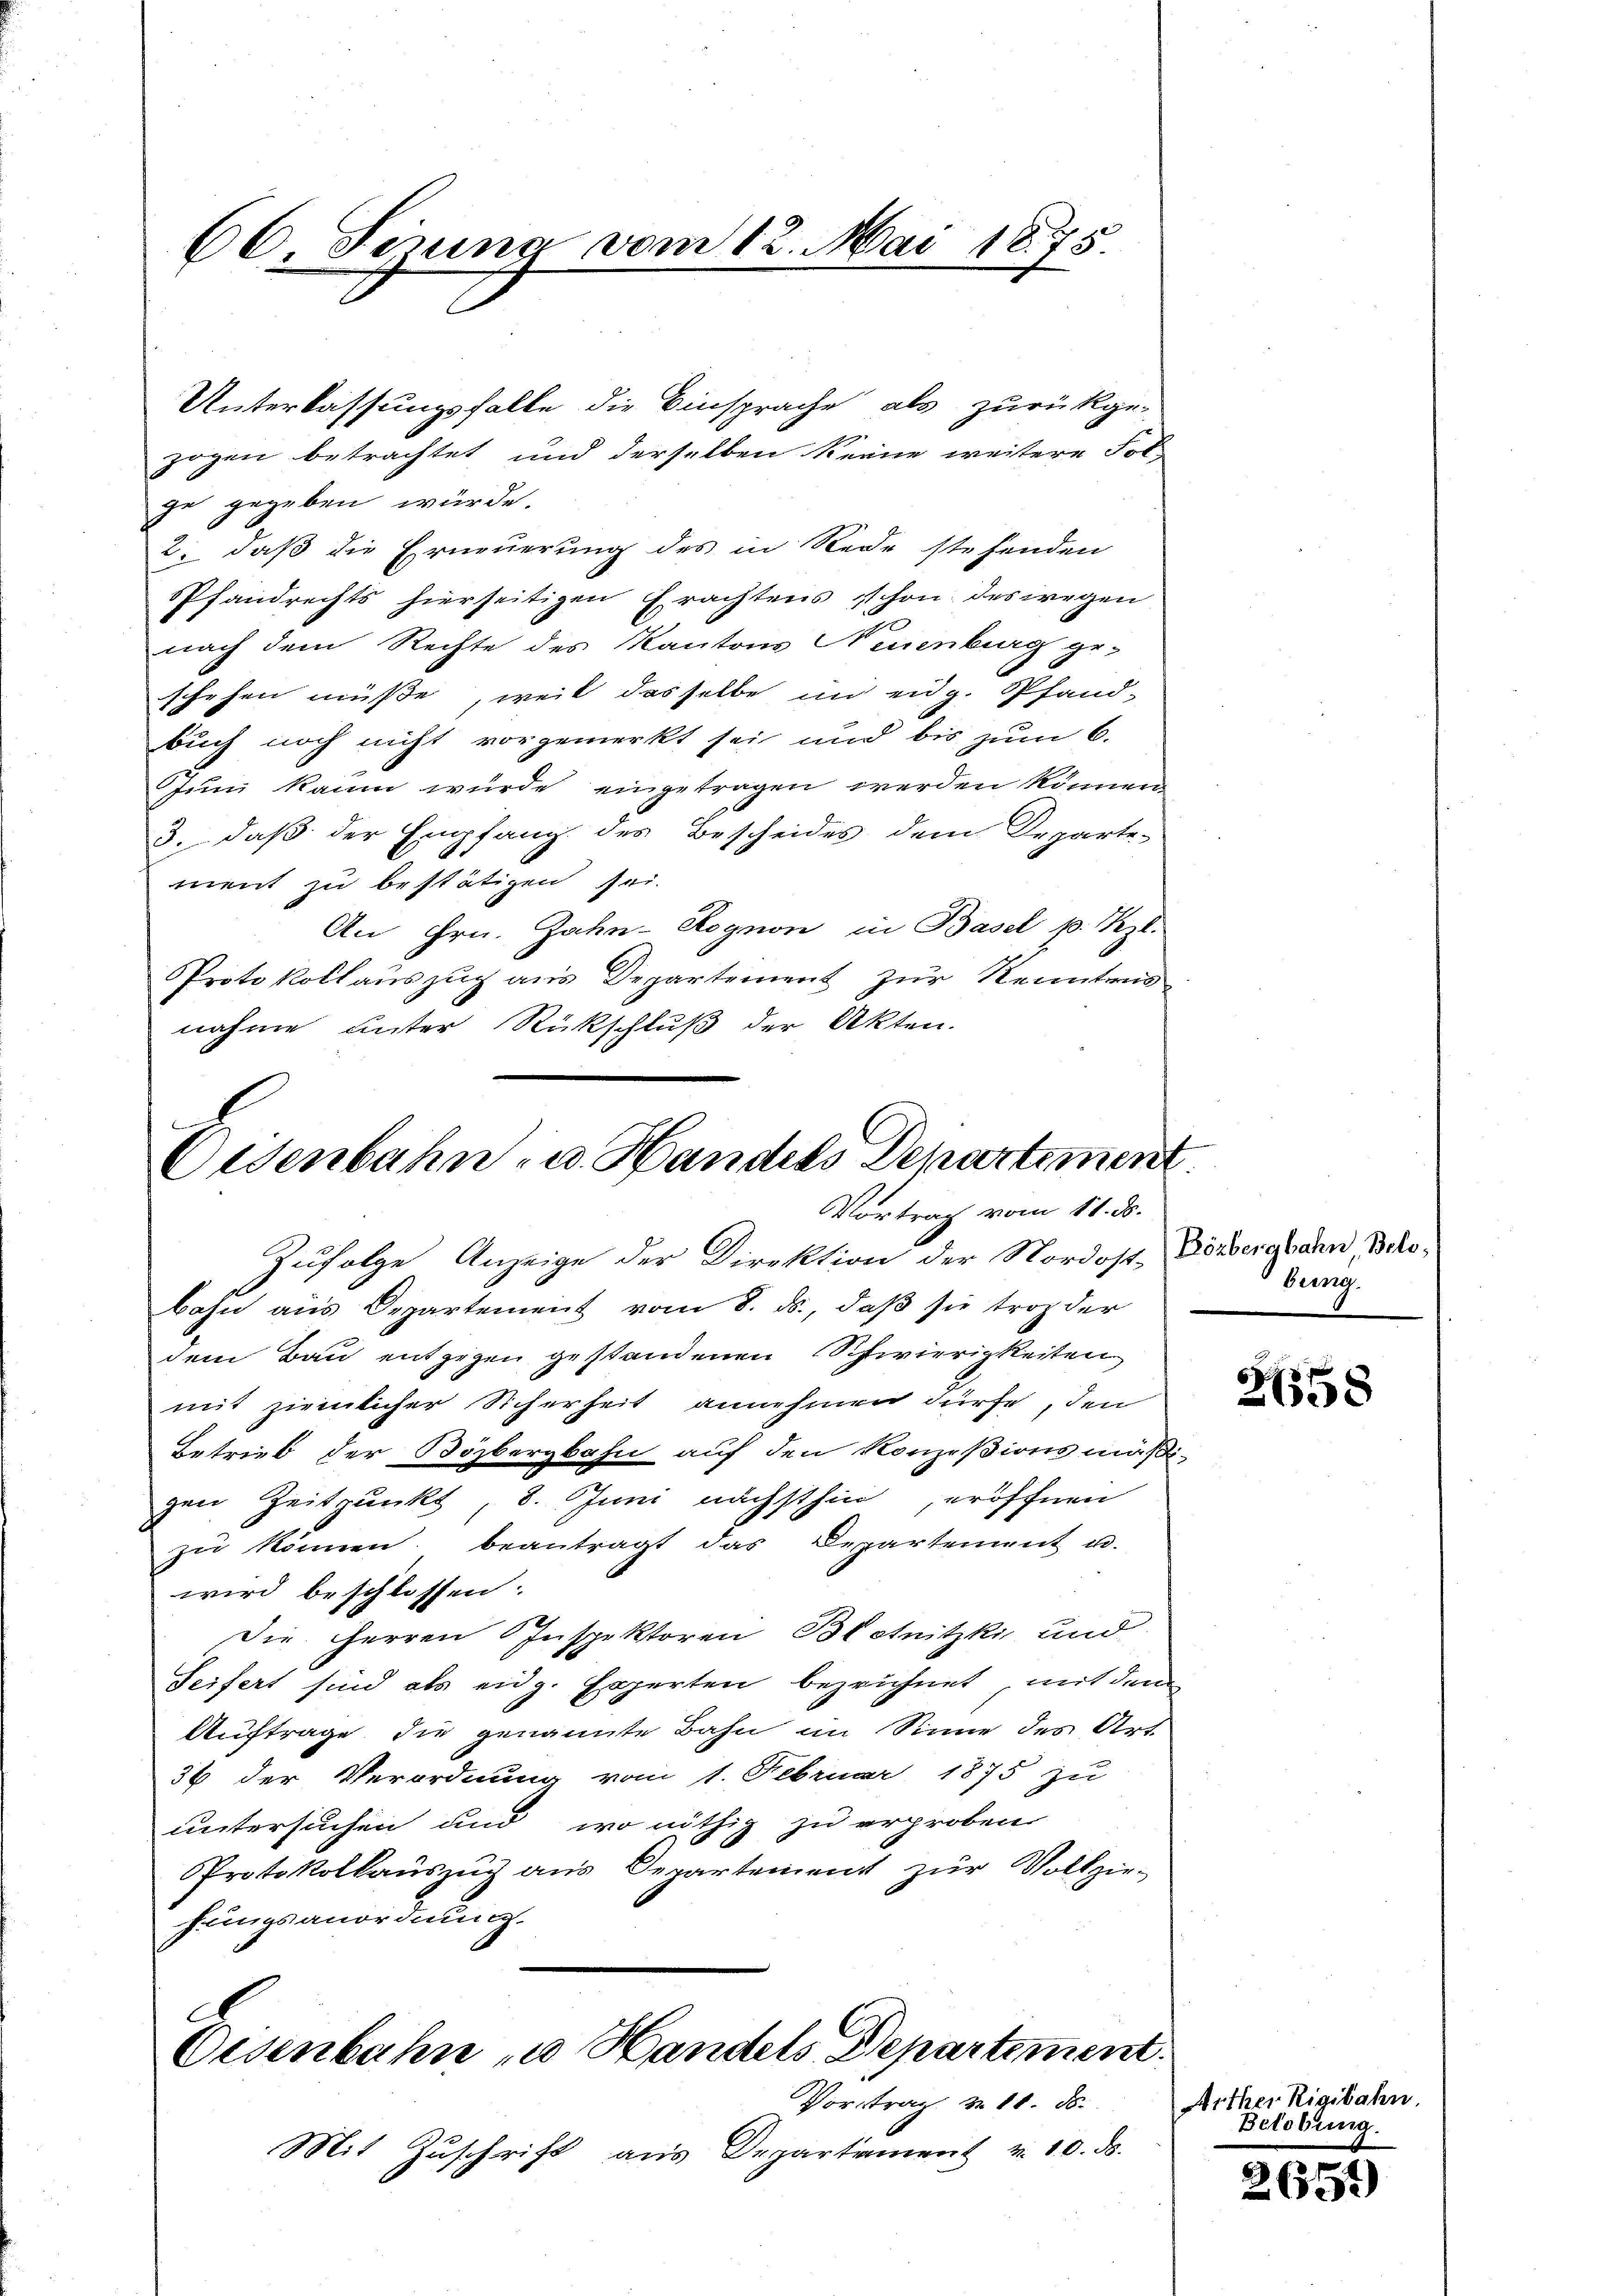
66 Sening vom 12. Mai 1875.

Unterlassungsfalle die Einsprache als zurückge-
zogen betrachtet und derselben keine weitere Folge gegeben würde.
2. daß die Erneuerung des in Rede stehenden
Pfandrechts hierseitigen Erachtens schon deswegen
nach dem Rechte des Kantons Neuenburg ge-
schehen müße, weil dasselbe in eidg. Pfand-
buch noch nicht vorgemerkt sei und bis zum 6.
Juni kaum würde eingetragen werden können
3. daß der Empfang des Bescheides dem Departe-
ment zu bestätigen sei.
An Hrn. Zahn-Rognon in Basel p. Kzl.
Protokollauszug aus Departement zur Kenntnis
nahme unter Rückschluß der Akten.

Eisenbahn u. Handels Departement
Vortrag vom 11. ds.
Zufolge Anzeige der Direktion der Nordost-Dörbergbahn, Belobahn aus Departement vom 8. ds., daß sie trop der

dem Bau entgegen gestandenen Schwierigkeiten
mit ziemlicher Sicherheit annehmen dürfe, den
Betrieb der Bözbergbahn auf den Konzesionsmäß
gen Zeitpunkt, 8. Juni nächsthin, eröffnen
zŭ können beantragt das Departement u.
wird beschlossen:
Die Herren Inspektoren Blotnitzki und
Seifert sind als eidg. Experten bezeichnet, mit dem
Auftrage die genannte Bahn im Sinne des Art.
36 der Verordnung vom 1. Februar 1875 zu
untersuchen und wo nöthig zu erproben
Protokollauszug aus Departement zur Vollzie-
fungsanordnung.

Oesenbahn zu Handels Departement.
Vortrag d. 10. ds.

Mit Zuschrift aus Departament v. 10. ds.

bung.

2658

Arther Rigibahn.
Belobung.

265)